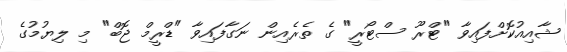
ޝާއިއުކޮށްފައިވާ "ޓްރޫ ސްޓޯރީ" ގެ ތެރެއިން ނަގާފައިވާ "ޑްރީމް ޖޮބް" މި ލިޔުމުގެ